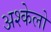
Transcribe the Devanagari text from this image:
अश्केलो